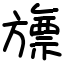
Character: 旚